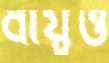
বায়ুও